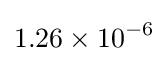
1.26\times 10^{-6}